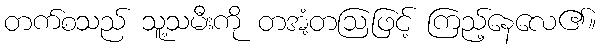
တက်စသည် သူ့သမီးကို တအံ့တဩဖြင့် ကြည့်နေလေ၏။